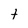
Character: t